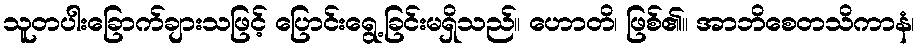
သူတပါးခြောက်ချားသဖြင့် ပြောင်းရွေ့ခြင်းမရှိသည်။ ဟောတိ၊ ဖြစ်၏။ အာဘိစေတသိကာနံ၊